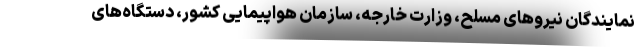
نمایندگان نیروهای مسلح، وزارت خارجه، سازمان هواپیمایی کشور، دستگاه‌های